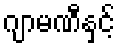
ဂျာမဏီနှင့်